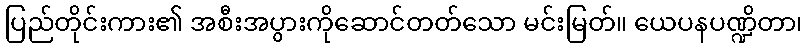
ပြည်တိုင်းကား၏ အစီးအပွားကိုဆောင်တတ်သော မင်းမြတ်။ ယေပနပဏ္ဍိတာ၊